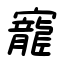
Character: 寵